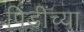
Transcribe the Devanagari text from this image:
पिंडींच्या